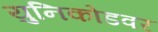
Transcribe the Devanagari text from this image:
युनिकोडवर